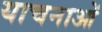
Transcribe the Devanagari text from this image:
याचनाओं